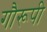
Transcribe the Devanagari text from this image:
गौरूपी